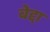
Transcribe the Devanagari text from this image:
बेद्दा